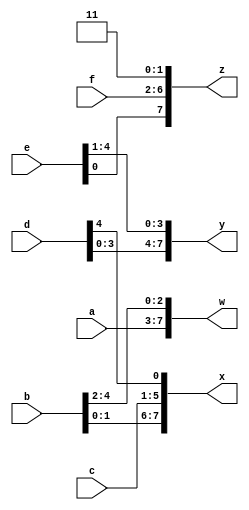
module top_module (
    input [4:0] a, b, c, d, e, f,
    output [7:0] w, x, y, z );
    
    assign w = {a,b[4:2]};
    assign x = {b[1:0],c,d[4]};
    assign y = {d[3:0],e[4:1]};
    assign z = {e[0],f,2'b11};

endmodule